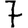
Digit: 7